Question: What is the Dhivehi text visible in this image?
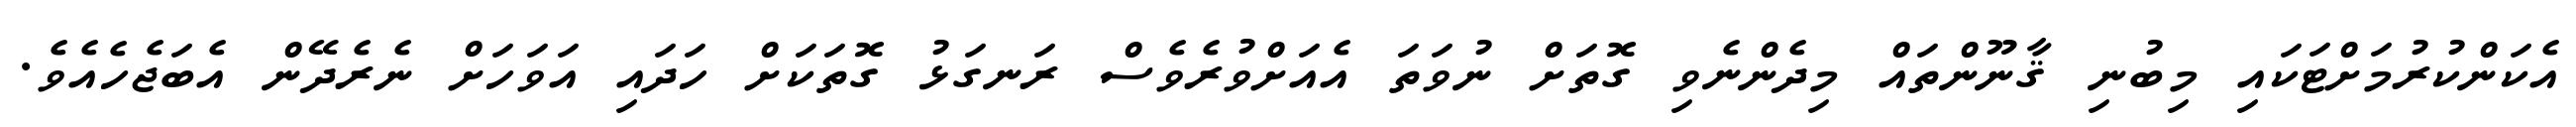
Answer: އެކަންކުރުމަށްޓަކައި މިބުނި ޤާނޫންތައް މިދެންނެވި ގޮތަށް ނުވަތަ އެއަށްވުރެވެސް ރަނގަޅު ގޮތަކަށް ހަދައި އަވަހަށް ނެރެދޭން އެބަޖެހެއެވެ.